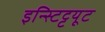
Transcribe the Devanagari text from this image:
इन्स्टिट्टयूट